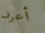
أعرف